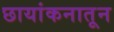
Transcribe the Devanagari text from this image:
छायांकनातून